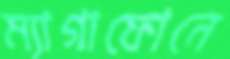
ম্যাগাফোনে